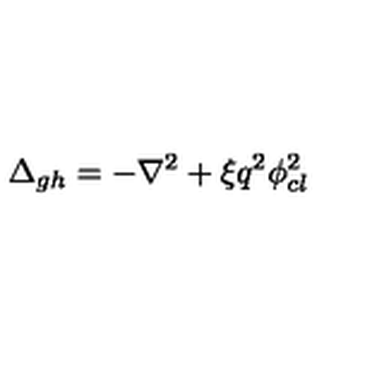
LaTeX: \Delta _ { g h } = - \nabla ^ { 2 } + \xi q ^ { 2 } \phi _ { c l } ^ { 2 }